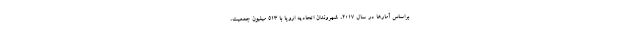
براساس آمارها در سال ۲۰۱۷، شهروندان اتحادیه اروپا با ۵۱۳ میلیون جمعیت،